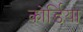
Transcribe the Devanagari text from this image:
कोर्डिया